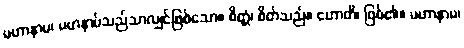
မဟာနာမ၊ မဟနာမ်သည်သာလျှင်ဖြစ်သော။ စိတ္တံ၊ စိတ်သည်။ ဟောတိ၊ ဖြစ်၏။ မဟာနာမ၊